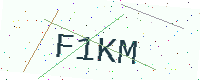
Text: F1KM